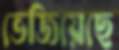
ভেজিয়েছে